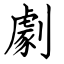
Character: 劇